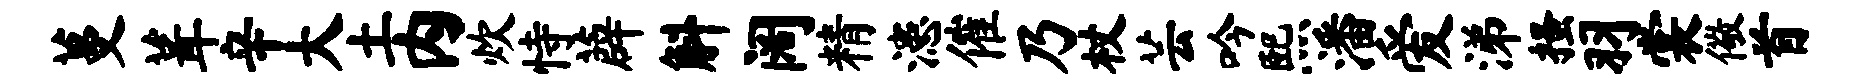
蔓葺辛大土内炊恃薜斛阔精漶催乃杖芸吟熙潘爱涕搔羽裳儆首